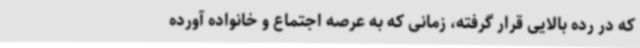
که در رده بالایی قرار گرفته، زمانی که به عرصه اجتماع و خانواده آورده